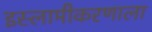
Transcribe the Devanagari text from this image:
इस्लामीकरणाला